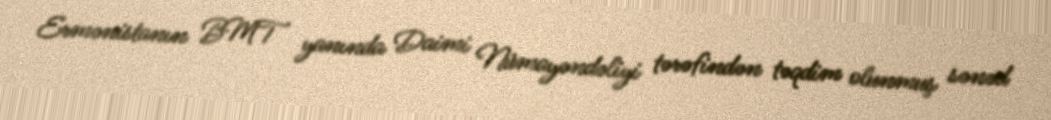
Ermənistanın BMT yanında Daimi Nümayəndəliyi tərəfindən təqdim olunmuş sənəd